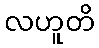
လဟူတိ